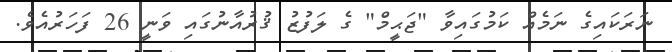
ނަރަކައިގެ ނަމެއް ކަމުގައިވާ "ޖަޙީމް" ގެ ލަފުޒު ޤުރުއާނުގައި ވަނީ 26 ފަހަރުއެވެ.